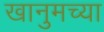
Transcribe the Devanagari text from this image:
खानुमच्या